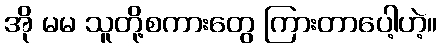
အို မမ သူတို့စကားတွေ ကြားတာပေါ့ဟဲ့။